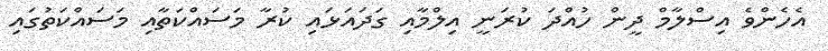
އެހެންވެ އިސްލާމް ދީން ހުއްދަ ކުރަނީ އިލްމާއި ގަދައަޅައި ކުރާ މަސައްކަތާއި މަސައްކަތުގައި